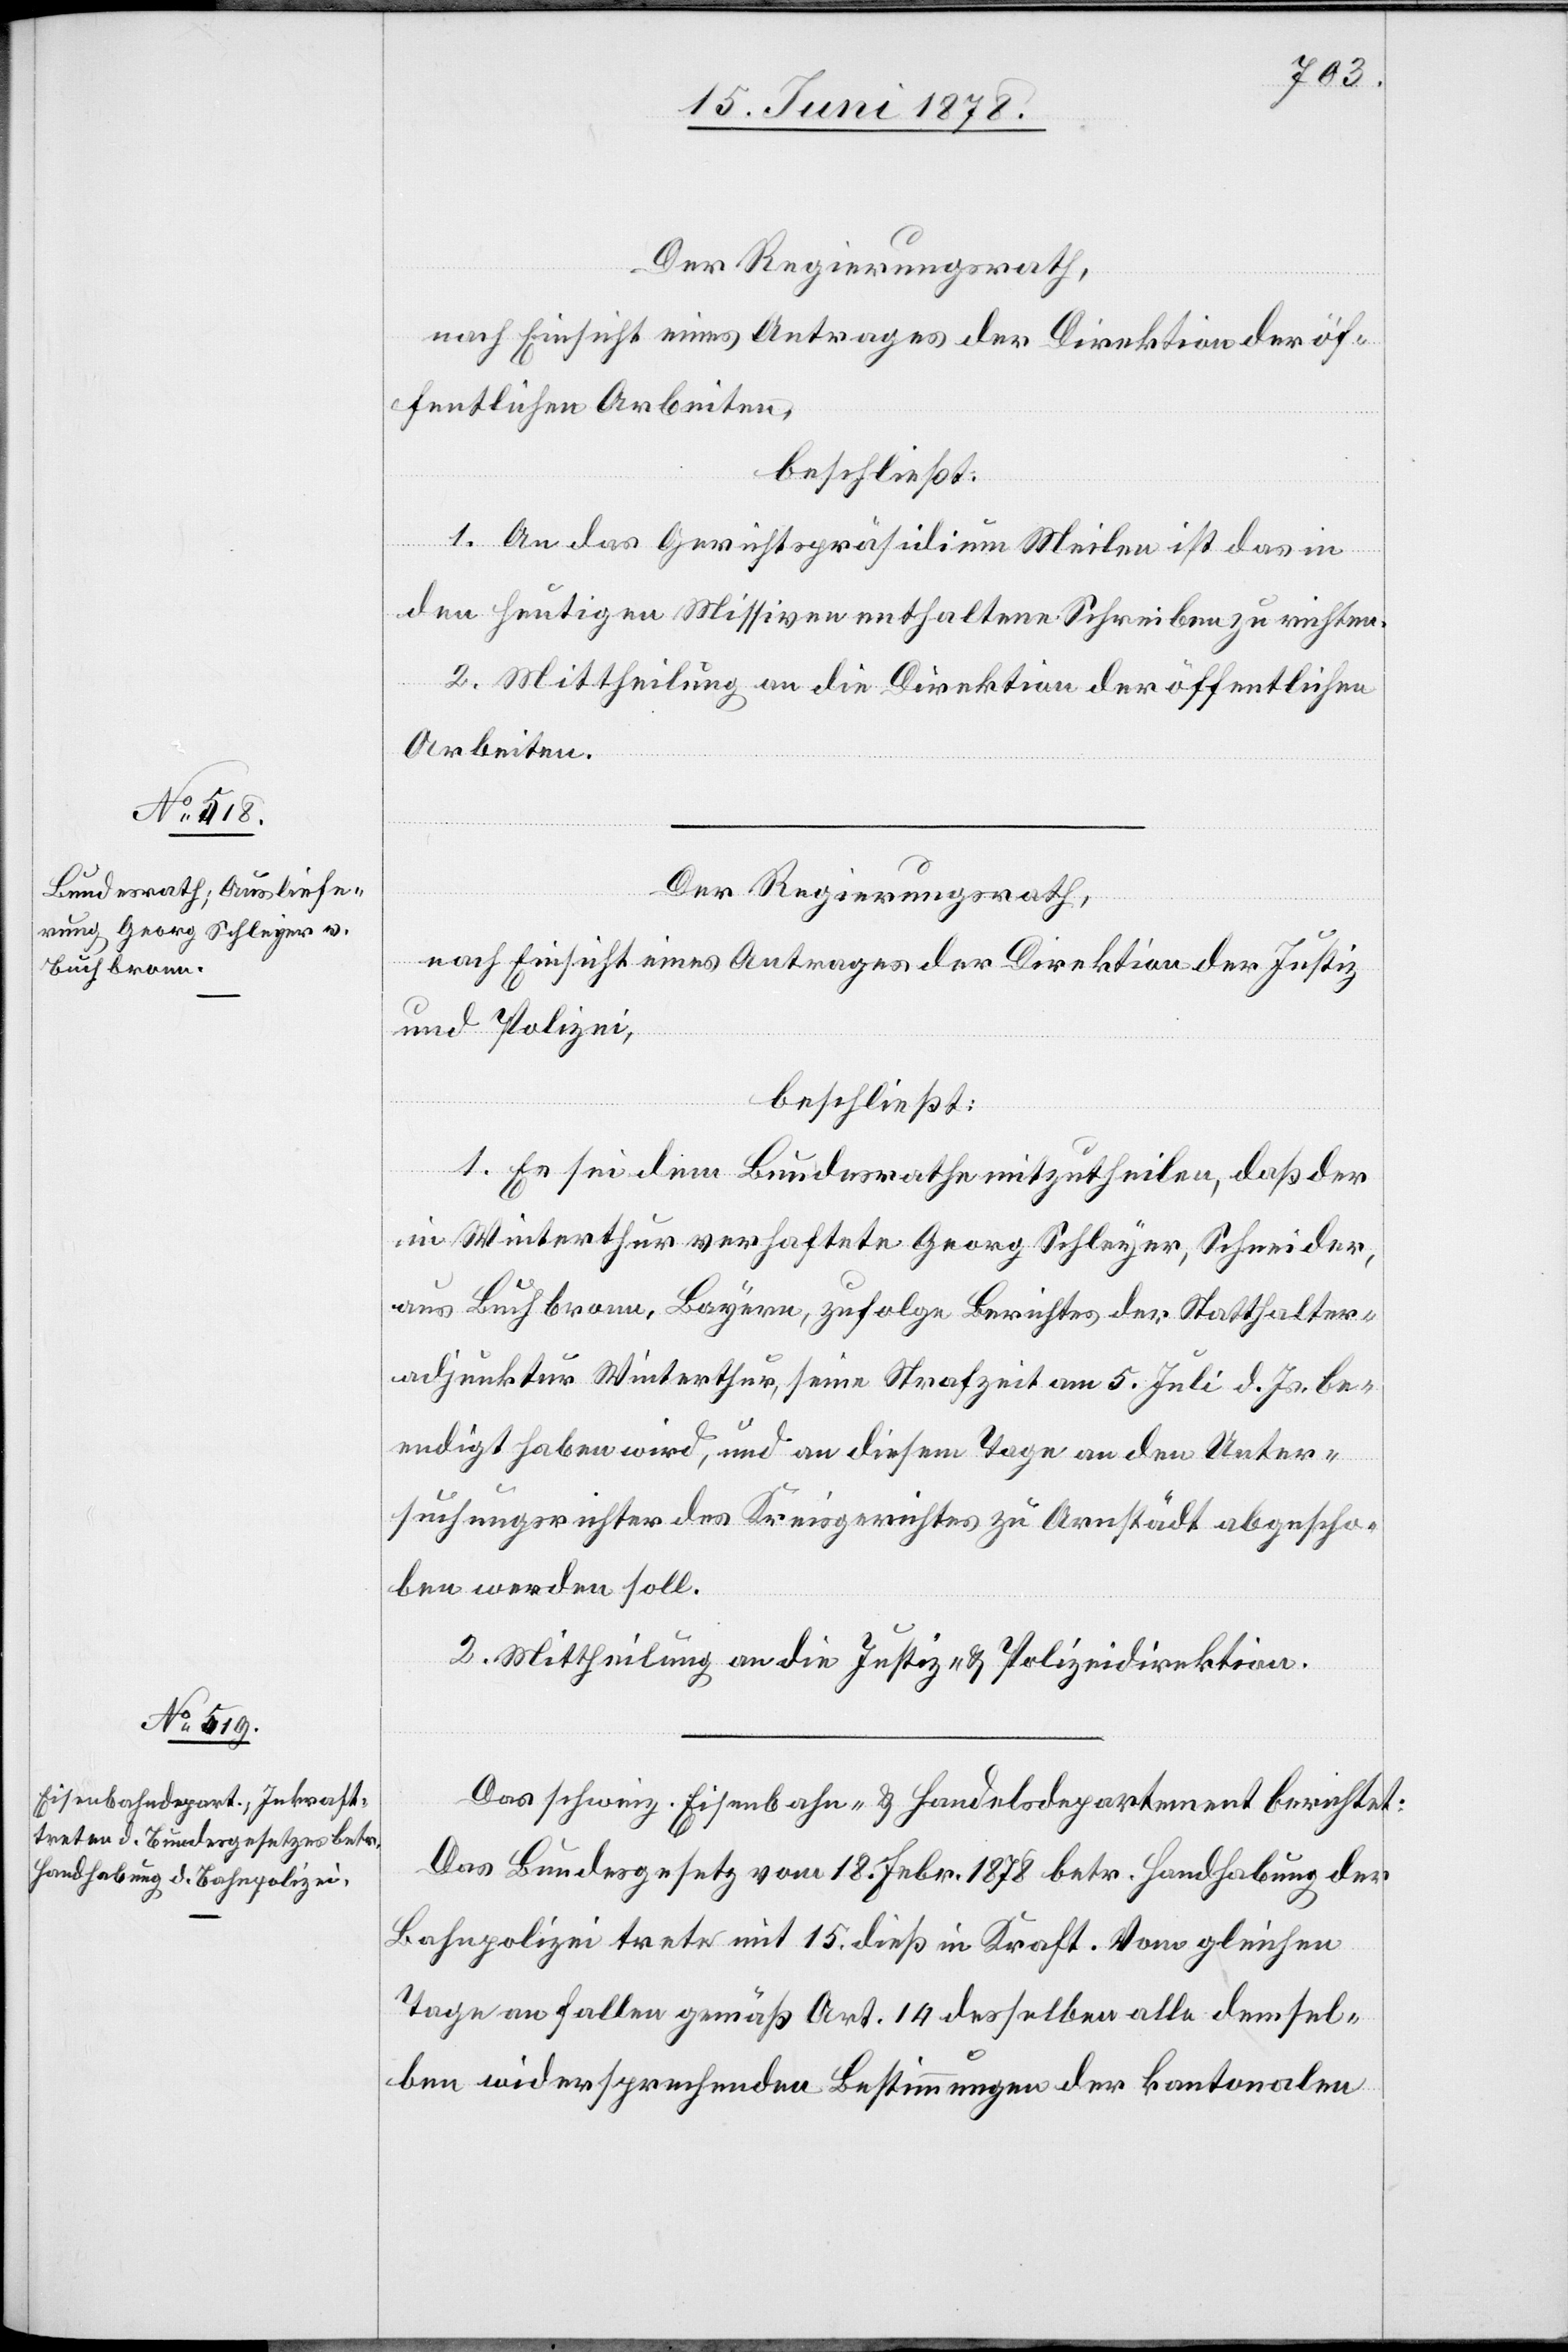
18. Juni 1878.]
Der Regierungsrath,
nach Einsicht eines Antrages der Direktion der öf¬
fentlichen Arbeiten,
beschließt:
1. An das Gerichtspräsidium Meilen ist das in
den heutigen Missiven enthaltene Schreiben zu richten.
2. Mittheilung an die Direktion der öffentlichen
Arbeiten.
nach Einsicht eines Antrages der Direktion der Justiz
und Polizei,
beschließt:
1. Es sei dem Bundesrathe mitzutheilen, daß der
in Winterthur verhaftete Georg Schleyer, Schneider,
aus Buchbronn, Bayern, zufolge Berichtes der Statthalter¬
adjunktur Winterthur, seine Strafzeit am 5. Juli d. Js. be¬
endigt haben wird, und an diesem Tage an den Unter¬
suchungsrichter des Kreisgerichtes zu Arnstädt abgescho¬
ben werden soll.
2. Mittheilung an die Justiz- & Polizeidirektion.
Das schweiz. Eisenbahn- & Handelsdepartement berichtet:
Das Bundesgesetz vom 18. Febr. 1878 betr. Handhabung der
Bahnpolizei trete mit 15. dieß in Kraft. Vom gleichen
Tage an fallen gemäß Art. 14 desselben alle demsel¬
ben widersprechenden Bestimmungen der kantonalen